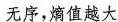
无序，熵值越大